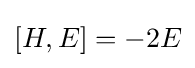
[H,E]=-2E